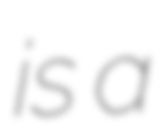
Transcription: is a